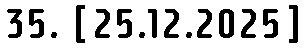
35. [25.12.2025]